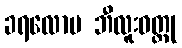
ခရလောမ ဘီလူးဝတ္ထု